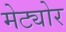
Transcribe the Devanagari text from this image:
मेट्योर